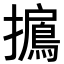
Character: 𢸐